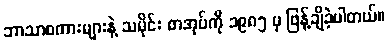
ဘာသာစကားများနဲ့ သမိုင်း စာအုပ်ကို ၁၉၈၅ မှ ဖြန့်ချိခဲ့ပါတယ်။